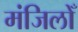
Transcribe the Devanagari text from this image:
मंजिलोँ